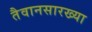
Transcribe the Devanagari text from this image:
तैवानसारख्या